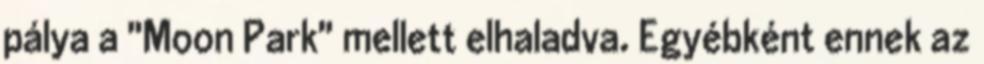
pálya a "Moon Park" mellett elhaladva. Egyébként ennek az